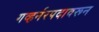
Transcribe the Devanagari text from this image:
गव्हर्नरपदावरून